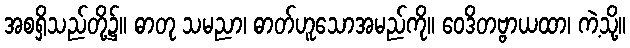
အစရှိသည်တို့၌။ ဓာတု သမညာ၊ ဓာတ်ဟူသောအမည်ကို။ ဝေဒိတဗ္ဗာယထာ၊ ကဲ့သို့။